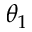
\theta _ { 1 }